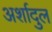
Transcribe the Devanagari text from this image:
अर्शादुल